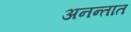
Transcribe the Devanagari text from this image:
अनन्तात